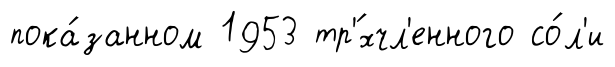
пока́занном 1953 тр'́хчл'енного со́л'и